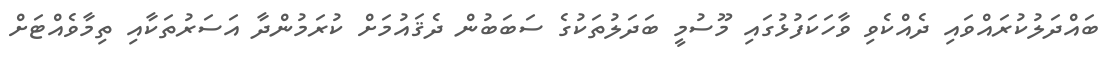
ބައްދަލުކުރައްވައި ދެއްކެވި ވާހަކަފުޅުގައި މޫސުމީ ބަދަލުތަކުގެ ސަބަބުން ދެޤައުމަށް ކުރަމުންދާ އަސަރުތަކާއި ތިމާވެއްޓަށް